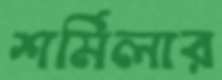
শর্মিলার